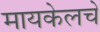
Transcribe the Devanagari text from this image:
मायकेलचे